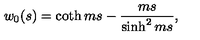
w _ { 0 } ( s ) = \coth m s - \frac { m s } { \sinh ^ { 2 } m s } ,